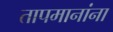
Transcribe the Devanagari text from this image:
तापमानांना